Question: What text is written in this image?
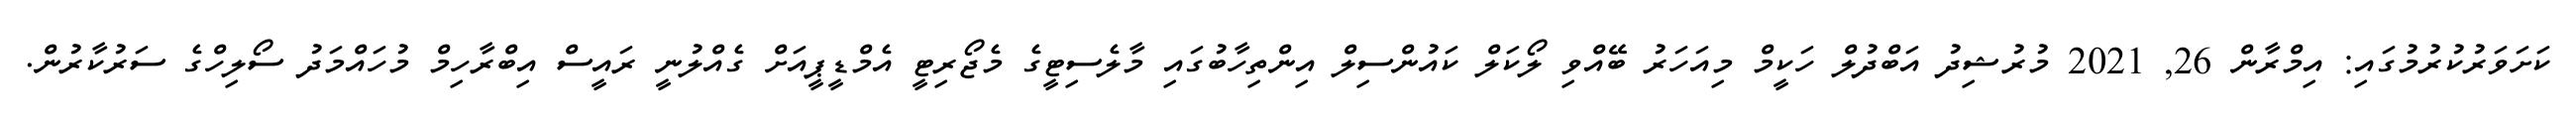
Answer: ކަށަވަރުކުރުމުގައި: އިމްރާން 26, 2021 މުރުޝިދު އަބްދުލް ހަކީމް މިއަހަރު ބޭއްވި ލޯކަލް ކައުންސިލް އިންތިހާބުގައި މާލެސިޓީގެ މެޖޯރިޓީ އެމްޑީޕީއަށް ގެއްލުނީ ރައީސް އިބްރާހިމް މުހައްމަދު ސޯލިހްގެ ސަރުކާރުން.